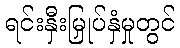
ရင်းနှီးမြှုပ်နှံမှုတွင်